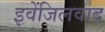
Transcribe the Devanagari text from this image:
इवेंजिलवाद